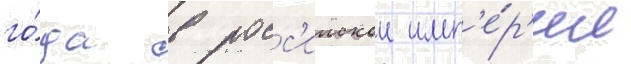
го́да в росс'иискои имп'е́р'ии